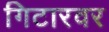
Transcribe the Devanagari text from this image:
गिटारवर